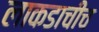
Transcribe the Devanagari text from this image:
लाकडाचीच